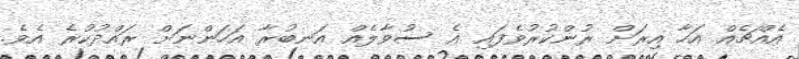
އެއްޗެއް އަހާ އިރަށް ރުންކުރުވެފައި އެ ސުވާލެއް އަނބުރާ އަހަންނަށް ރައްދުކުރެ އެވެ.